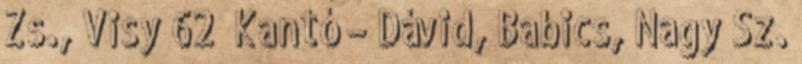
Zs., Visy 62’ Kantó – Dávid, Babics, Nagy Sz.